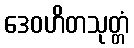
ဒေဝဟိတသုတ္တံ